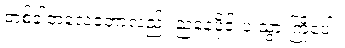
တစ်ခါတလေတော့လည်း ညနေပိုင်းပဲ သွားကြိုပေါ့။